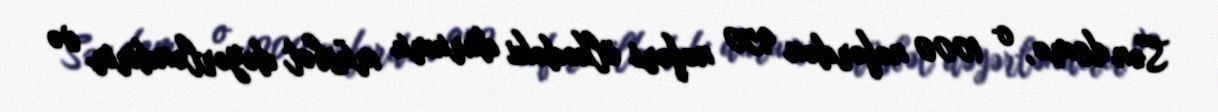
Sən demə, o 1000 nəfərdən 950 nəfəri ölkədəki durumu müsbət dəyərləndirir və